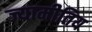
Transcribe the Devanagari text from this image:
ज्यामीतिय